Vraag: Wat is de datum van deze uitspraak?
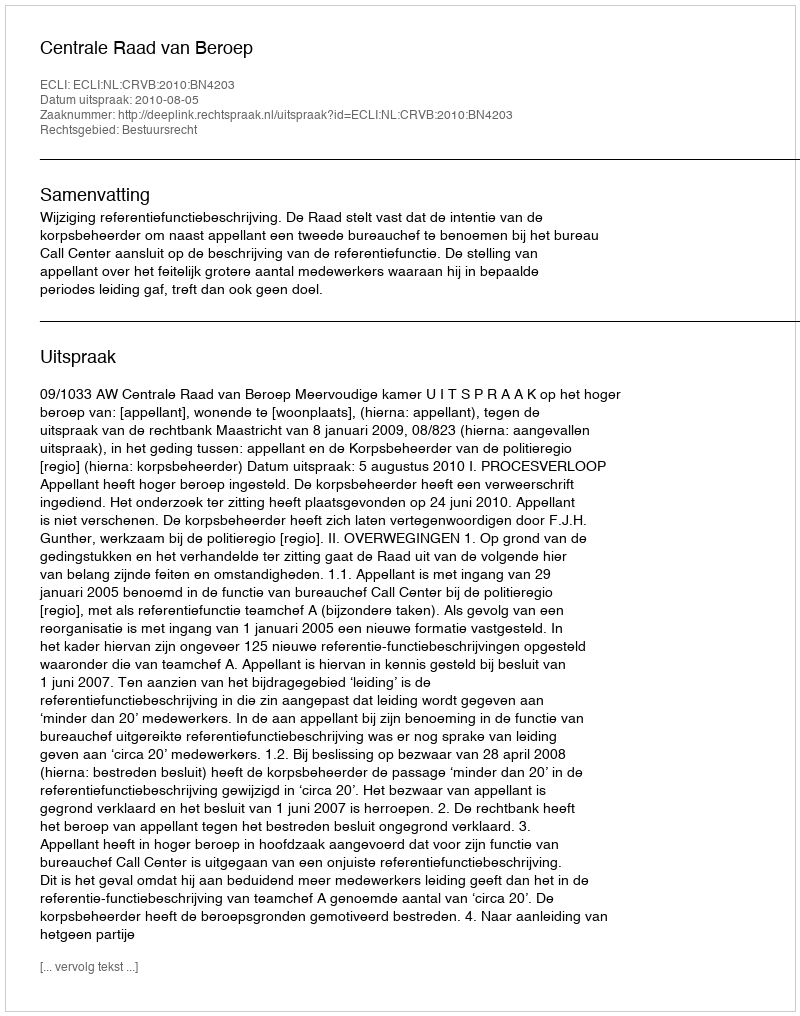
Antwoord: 2010-08-05